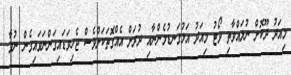
މިއަދު ދޫކޮށް ނުލައްވާތި ވޯޓު މިއަދު އަޅުގަނޑުމެންނާއި ދުރަށް އެއްގޮތަކަށްވެސް ޖެހިވަޑައިގަންނަވައިގެން ނުވާ.